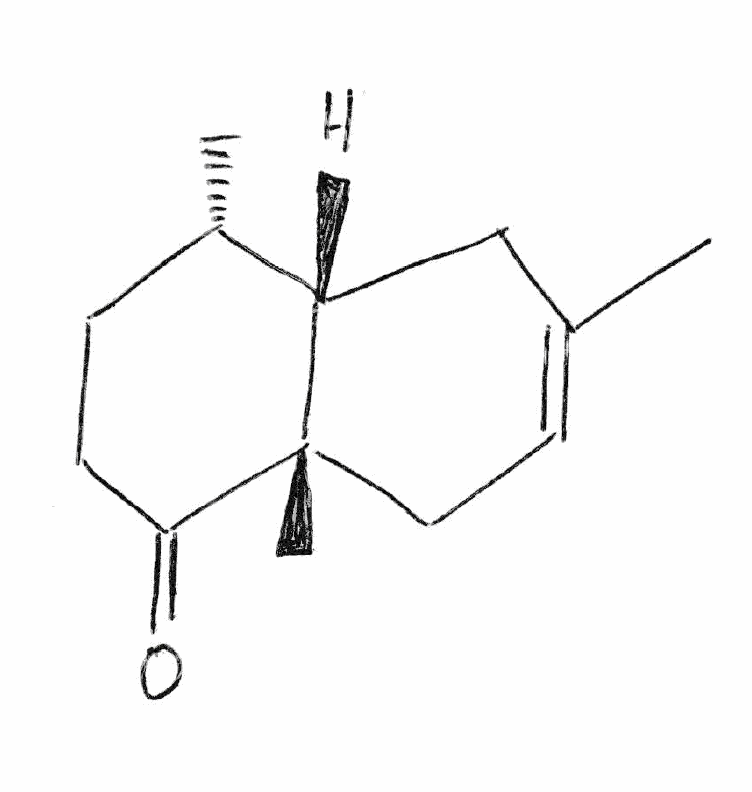
Simplified molecular-input line-entry system (SMILES) notation of the given molecule:
C[C@H]1CCC(=O)[C@@]2([C@H]1CC(=CC2)C)C